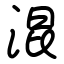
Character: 混